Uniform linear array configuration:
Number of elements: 32
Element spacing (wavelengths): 1
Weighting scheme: kaiser
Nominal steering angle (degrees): -45
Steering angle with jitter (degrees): -46.304
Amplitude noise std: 0.05
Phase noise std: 0.05

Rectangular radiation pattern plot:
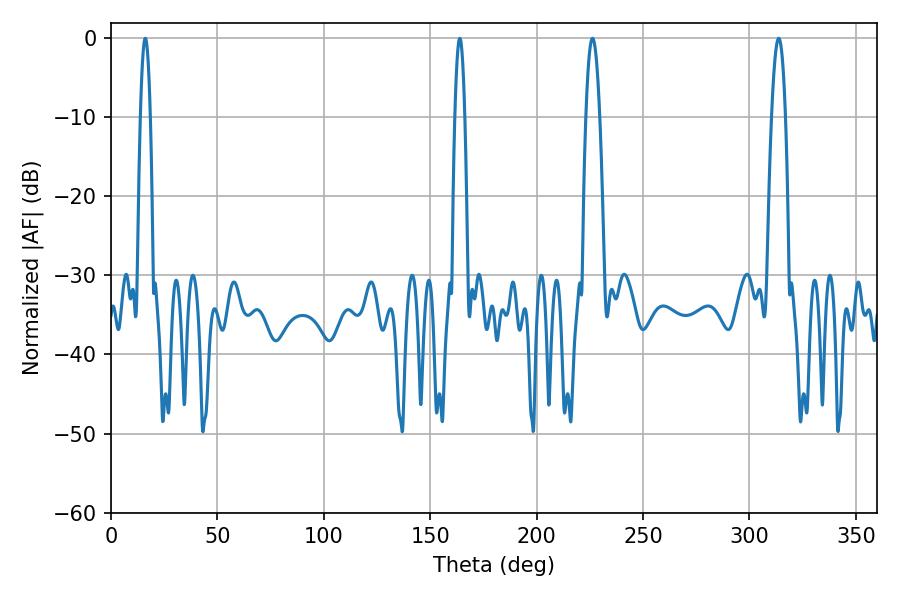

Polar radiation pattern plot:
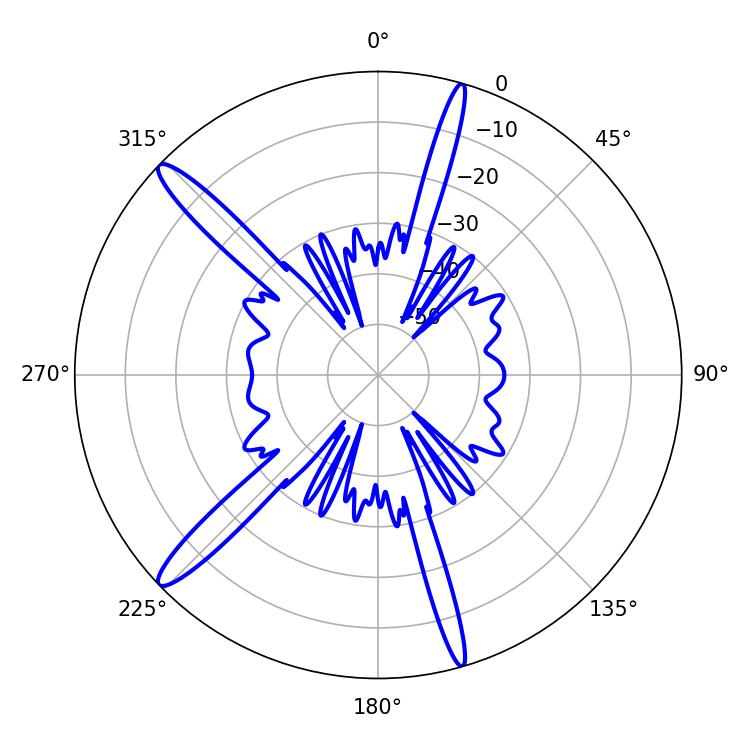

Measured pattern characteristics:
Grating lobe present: TRUE
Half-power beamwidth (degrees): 3.6
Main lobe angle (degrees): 226.26